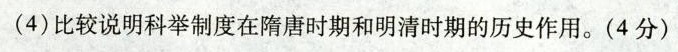
(4)比较说明科举制度在隋唐时期和明清时期的历史作用。(4分)